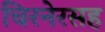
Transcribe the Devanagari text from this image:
चिरनेरसह